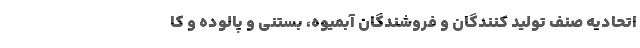
اتحادیه صنف تولید کنندگان و فروشندگان آبمیوه، بستنی و پالوده و کا